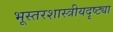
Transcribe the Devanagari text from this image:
भूस्तरशास्त्रीयदृष्ट्या